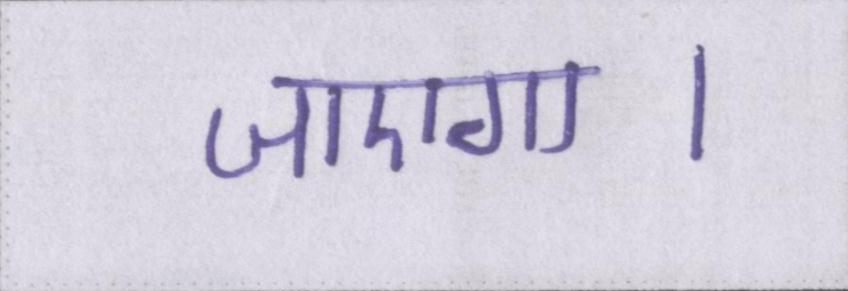
जाएगा।